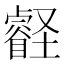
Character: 壡